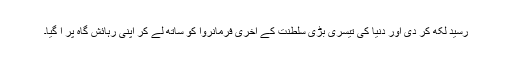
رسید لکھ کر دی اور دنیا کی تیسری بڑی سلطنت کے آخری فرمانروا کو ساتھ لے کر اپنی رہائش گاہ پر آ گیا۔